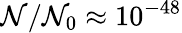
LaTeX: \mathcal{N}/\mathcal{N}_{0}\approx10^{-48}